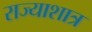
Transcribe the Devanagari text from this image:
राज्याशात्र